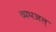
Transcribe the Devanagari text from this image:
व्यभजत्